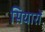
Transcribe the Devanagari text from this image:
सियारों